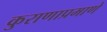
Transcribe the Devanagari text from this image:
कुराणाप्रमाणे